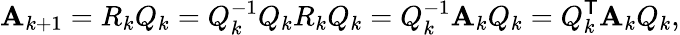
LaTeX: \mathbf{A}_{k+1}=R_{k}Q_{k}=Q_{k}^{-1}Q_{k}R_{k}Q_{k}=Q_{k}^{-1}\mathbf{A}_{k}Q_{k}=Q_{k}^{\mathsf{{T}}}\mathbf{A}_{k}Q_{k},